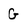
Character: G